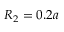
R _ { 2 } = 0 . 2 a